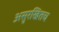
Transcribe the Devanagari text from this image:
असुरखितच